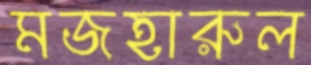
মজহারুল